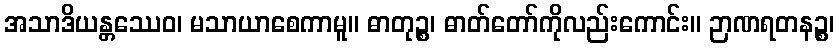
အသာဒိယန္တဿေဝ၊ မသာယာစေကာမူ။ ဓာတုဉ္စ၊ ဓာတ်တော်ကိုလည်းကောင်း။ ဉာဏရတနဉ္စ၊